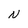
Character: N